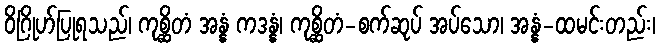
ဝိဂြိုဟ်ပြုရသည်၊ ကုစ္ဆိတံ အန္နံ ကဒန္နံ၊ ကုစ္ဆိတံ-စက်ဆုပ် အပ်သော၊ အန္နံ-ထမင်းတည်း၊